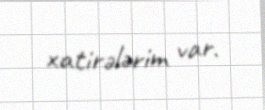
xatirələrim var.